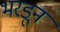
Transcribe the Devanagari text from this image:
भरडून